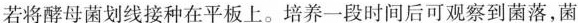
若将酵母菌划线接种在平板上。培养一段时间后可观察到菌落，菌